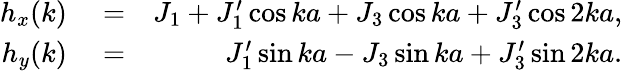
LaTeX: \begin{array}{rlr}{h_{x}(k)}&{{}=}&{J_{1}+J_{1}^{\prime}\cos{ka}+J_{3}\cos{ka}+J_{3}^{\prime}\cos{2ka},}\\ {h_{y}(k)}&{{}=}&{J_{1}^{\prime}\sin{ka}-J_{3}\sin{ka}+J_{3}^{\prime}\sin{2ka}.}\end{array}